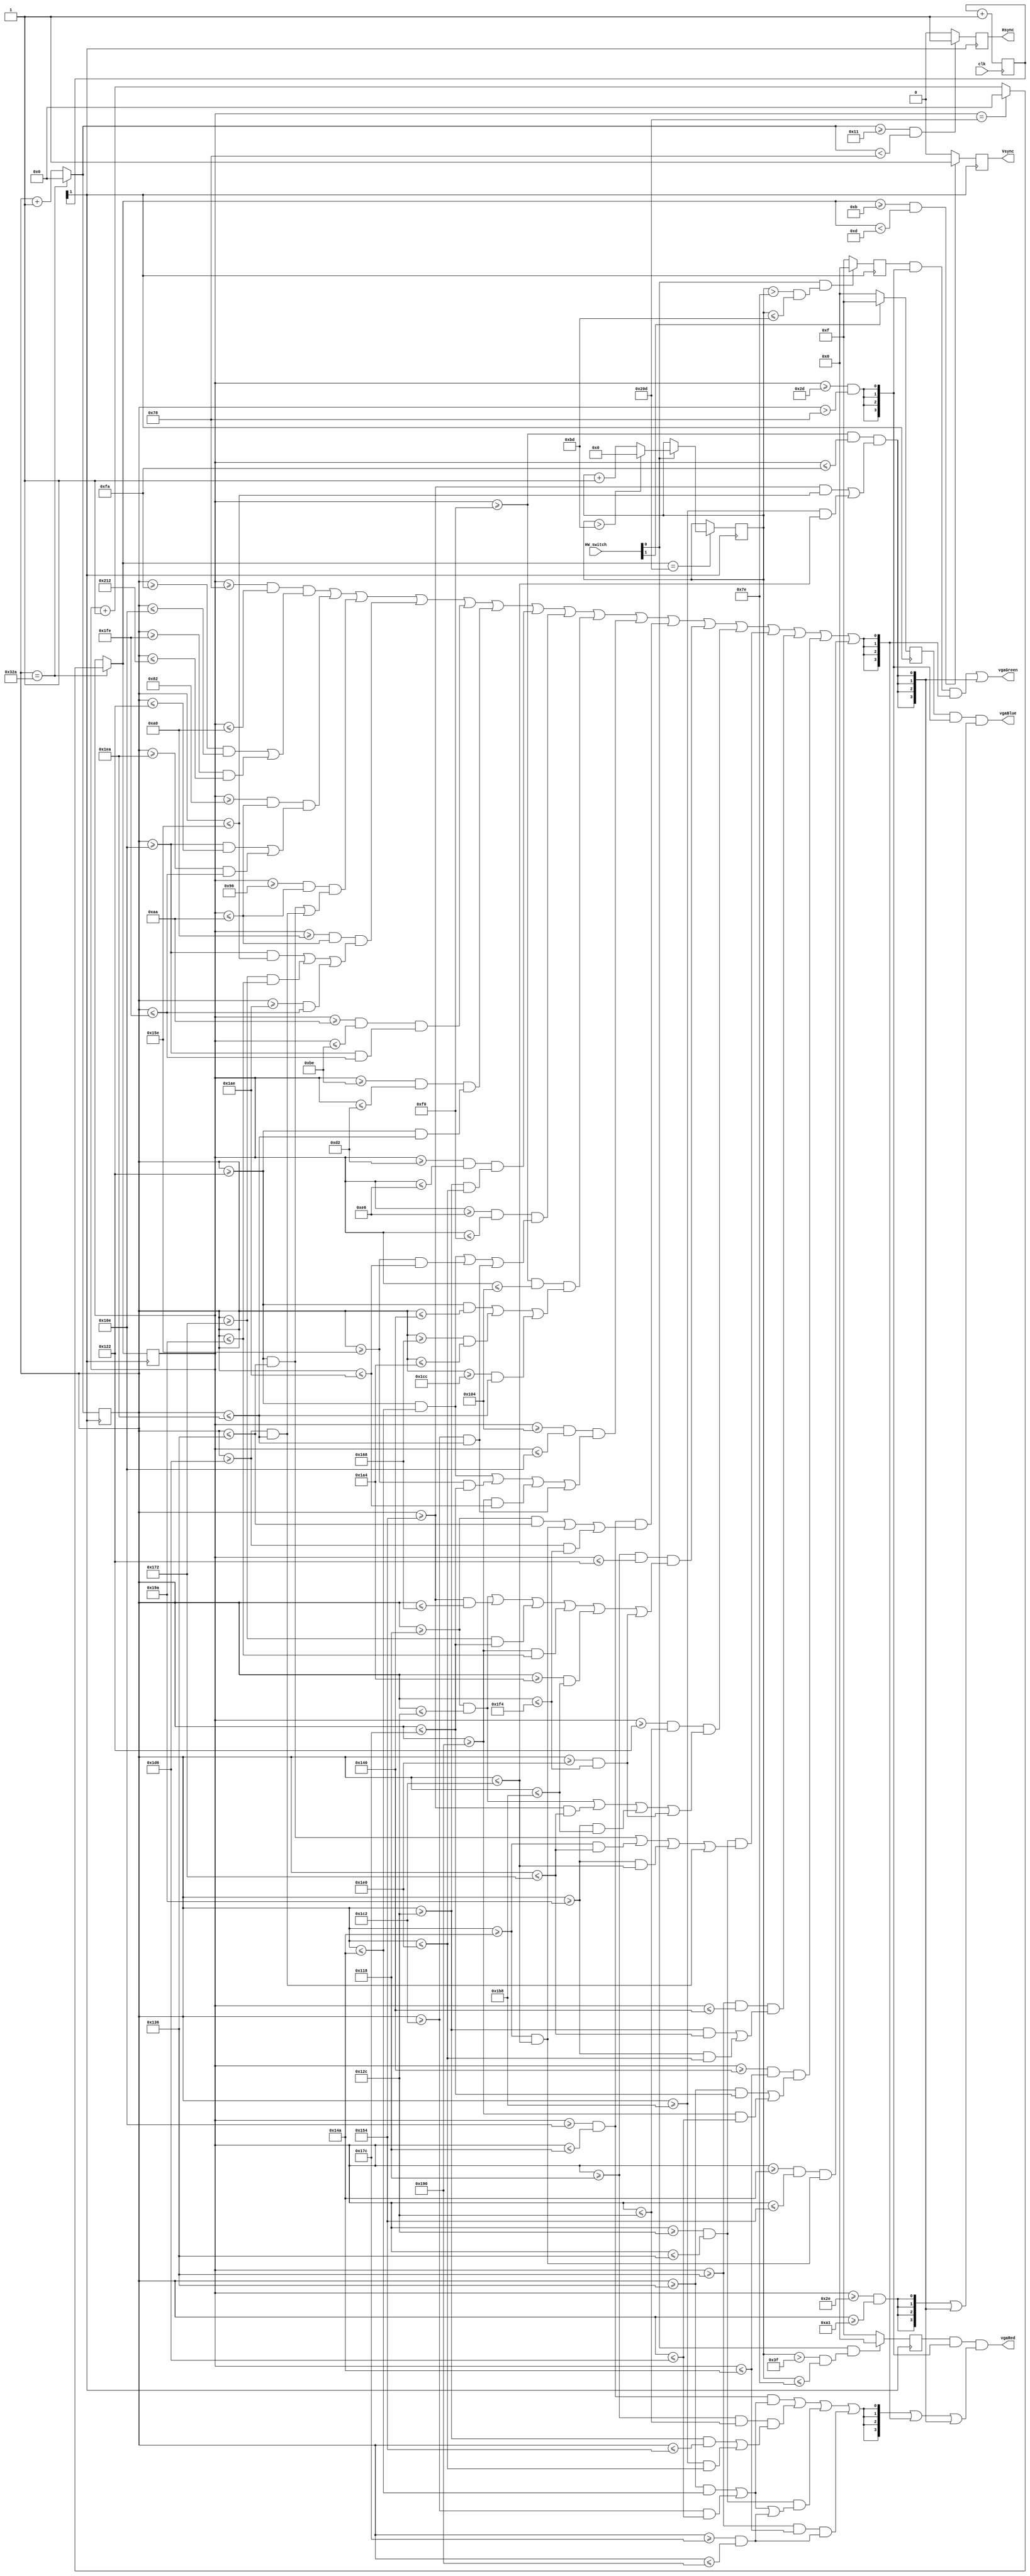
`timescale 1ns / 1ps
//////////////////////////////////////////////////////////////////////////////////
// Company: Hochschule Mittweida
// 
// Design Name: 
// Module Name: vga_pikachu
// Project Name: VGAAbgabe
// Target Devices: Basys3
// Tool Versions: 
// Description: Module displays Pikachu on Monitor using VGA Port of Basys3.
// 
// Dependencies: 
// 
// Revision:
// Revision 0.01 - File Created
// Additional Comments: Commented 'Areas' for color wires correspond to created areas for color process. (see extra picture)
// 
//////////////////////////////////////////////////////////////////////////////////
// https://www.kampis-elektroecke.de/fpga/vga-im-fpga-der-vga-controller/

//////////////////////////////////////////////////////////////////////////////////
//Displays Pikachu
//HW_switch[0] flicker mode 
//HW_switch[1] changes background color to blue
//////////////////////////////////////////////////////////////////////////////////

module vga(
    input clk,
    input [1:0]HW_switch, //to manage transition (turn off/on)
    output [3:0]vgaRed, //to display red color
    output [3:0]vgaGreen, //to display green color
    output [3:0]vgaBlue, //to display blue color
    output Vsync, //for vertical synchronisation (Frame Synchronisation)
    output Hsync //for horizontal synchronisation (Line Synchronisation)
    );
    
    ///////// Different Registers to process Synchronisation /////////
    reg VsyncPuls; //for Frame Synchronisation
    reg HsyncPuls; //for Line Synchronisation
    reg [31:0]tick;
    reg [10:0]pixelcounter; //max. needed: 800
    reg [10:0]zeilencounter; //max. needed: 525
    
    ///////// Display and produce different colors /////////
    reg [7:0]durchlauf; //for color transition, max. number: 255
    wire display_ok, red_ok, blue_ok, yellow_ok;
    
    //display_ok = visible area
    assign display_ok = (zeilencounter >= 45) && (pixelcounter > 120); //Pixel == Columns
    
    //yellow_ok has to be assigned to red and green (are the colors that are needed to generate yellow color)
    assign yellow_ok = ((zeilencounter >= 120) && (zeilencounter <= 160) 
            && (((pixelcounter >= 250) && (pixelcounter <= 270)) 
            || (pixelcounter >= 510) && (pixelcounter <= 530))) //Area 1
        || ((zeilencounter >= 130) && (zeilencounter <= 170) 
            && (((pixelcounter >= 270) && (pixelcounter <= 290)) 
            || (pixelcounter >= 490) && (pixelcounter <= 510))) //Area 2
        || ((zeilencounter >= 150) && (zeilencounter <= 170) 
            && (((pixelcounter >= 290) && (pixelcounter <= 310)) 
            || (pixelcounter >= 470) && (pixelcounter <= 490))) //Area 3
        || ((zeilencounter >= 160) && (zeilencounter <= 170) 
            && (((pixelcounter >= 270) && (pixelcounter <= 350)) 
            || ((pixelcounter >= 370) && (pixelcounter <= 410)) 
            || ((pixelcounter >= 430) && (pixelcounter <= 510)))) //Area 4
        || ((zeilencounter >= 170) && (zeilencounter <= 190) 
            && ((pixelcounter >= 270) && (pixelcounter <= 510))) //Area 5
        || ((zeilencounter >= 190) && (zeilencounter <= 210) 
            && ((pixelcounter >= 290) && (pixelcounter <= 490))) //Area 6
        || ((zeilencounter >= 210) && (zeilencounter <= 230) 
            && ((pixelcounter >= 300) && (pixelcounter <= 480))) //Area 12
        || ((zeilencounter >= 230) && (zeilencounter <= 240) 
            && (((pixelcounter >= 290) && (pixelcounter <= 330)) 
            || ((pixelcounter >= 350) && (pixelcounter <= 430)) 
            || ((pixelcounter >= 450) && (pixelcounter <= 490)))) //Area 13
        || ((zeilencounter >= 240) && (zeilencounter <= 260) 
            && (((pixelcounter >= 290) && (pixelcounter <= 320))
            || ((pixelcounter >= 360) && (pixelcounter <= 420))
            || ((pixelcounter >= 460) && (pixelcounter <= 490)))) //Area 14
        || ((zeilencounter >= 260) && (zeilencounter <= 270) 
            && (((pixelcounter >= 290) && (pixelcounter <= 330)) 
            || ((pixelcounter >= 350) && (pixelcounter <= 380)) 
            || ((pixelcounter >= 400) && (pixelcounter <= 430)) 
            || ((pixelcounter >= 450) && (pixelcounter <= 490)))) //Area 15
        || ((zeilencounter >= 270) && (zeilencounter <= 280) 
            && (((pixelcounter >= 280) && (pixelcounter <= 310)) 
            || ((pixelcounter >= 330) && (pixelcounter <= 450)) 
            || ((pixelcounter >= 470) && (pixelcounter <= 500)))) //Area 16
        || ((zeilencounter >= 280) && (zeilencounter <= 290) 
            && (((pixelcounter >= 280) && (pixelcounter <= 300)) 
            || ((pixelcounter >= 340) && (pixelcounter <= 360)) 
            || ((pixelcounter >= 370) && (pixelcounter <= 380)) 
            || ((pixelcounter >= 400) && (pixelcounter <= 410)) 
            || ((pixelcounter >= 420) && (pixelcounter <= 440)) 
            || ((pixelcounter >= 480) && (pixelcounter <= 500)))) //Area 17
        || ((zeilencounter >= 290) && (zeilencounter <= 300) 
            && (((pixelcounter >= 280) && (pixelcounter <= 300)) 
            || ((pixelcounter >= 340) && (pixelcounter <= 370)) 
            || ((pixelcounter >= 410) && (pixelcounter <= 440)) 
            || ((pixelcounter >= 480) && (pixelcounter <= 500)))) //Area 18
        || ((zeilencounter >= 300) && (zeilencounter <= 310) 
            && (((pixelcounter >= 290) && (pixelcounter <= 310)) 
            || ((pixelcounter >= 330) && (pixelcounter <= 370)) 
            || ((pixelcounter >= 410) && (pixelcounter <= 450)) 
            || ((pixelcounter >= 470) && (pixelcounter <= 490)))) //Area 19
        || ((zeilencounter >= 310) && (zeilencounter <= 320) 
            && (((pixelcounter >= 300) && (pixelcounter <= 370)) 
            || ((pixelcounter >= 410) && (pixelcounter <= 480)))) //Area 20
        || ((zeilencounter >= 320) && (zeilencounter <= 330) 
            && (((pixelcounter >= 310) && (pixelcounter <= 380)) 
            || ((pixelcounter >= 400) && (pixelcounter <= 470)))) //Area 21
        || ((zeilencounter >= 330) && (zeilencounter <= 340) 
            && (((pixelcounter >= 330) && (pixelcounter <= 450)))); //Area 22
    
    //white_ok has to be assigned to red, green and blue (are the colors that are needed to generate white color)
    //white for Pikachu's eyes
    assign white_ok = ((zeilencounter >= 240) && (zeilencounter <= 250) 
            && (((pixelcounter >= 340) && (pixelcounter <= 350))
            || ((pixelcounter >= 440) && (pixelcounter <= 450))));
    
    //red for Pikachu's cheeks
    assign red_ok = ((zeilencounter >= 270) && (zeilencounter <= 280) 
            && (((pixelcounter >= 310) && (pixelcounter <= 330)) 
            || ((pixelcounter >= 450) && (pixelcounter <= 470)))) //Red Area of Area 16
        || ((zeilencounter >= 280) && (zeilencounter <= 300) 
            && (((pixelcounter >= 300) && (pixelcounter <= 340)) 
            || ((pixelcounter >= 440) && (pixelcounter <= 480)))) //Red Area of Area 17 and Area 18
        || ((zeilencounter >= 300) && (zeilencounter <= 310) 
            && (((pixelcounter >= 310) && (pixelcounter <= 330)) 
            || ((pixelcounter >= 450) && (pixelcounter <= 470)) //Red Area of Area 19
            || ((pixelcounter >= 380) && (pixelcounter <= 400)))) //Mouth Area 19
        || ((zeilencounter >= 310) && (zeilencounter <= 330)  
            && ((pixelcounter >= 380) && (pixelcounter <= 400))); //Mouth Area 20
        
    //background color if HW_switch[1] is turned on
    assign blue_ok = (zeilencounter >= 46) && (pixelcounter >= 161);
    
    reg [3:0]red;
    reg [3:0]green;
    reg [3:0]blue;
    
    assign vgaRed = red & {4{display_ok}} & ({4{red_ok}} | {4{yellow_ok}} | {4{white_ok}}); //show red color if display is ok and if red or yellow, white color is wanted
    assign vgaGreen = green & {4{display_ok}} & {4{yellow_ok}} | {4{white_ok}}; //show green color if display is ok and if yellow, white color is wanted
    assign vgaBlue = blue & {4{display_ok}} & ({4{blue_ok}} | {4{white_ok}}); ////show blue color if display is ok and if blue or yellow, white color is wanted
    
    ///////// Initialization /////////
    initial
    begin
        VsyncPuls = 0;
        HsyncPuls = 0;
    end
    
    ///////// Generation of Picture /////////
    always@(posedge clk)
    begin
        tick = tick + 1;
    end
    
    always@(posedge tick[1])
    begin
        
        red = (HW_switch[0] && ((durchlauf > 63) && (durchlauf <= 126))) ? 4'b0000 : 4'b1111; //only turn off red color to change appearance of Pikachu if color transition is turned on
        green = (HW_switch[0] && ((durchlauf > 126) && (durchlauf <= 189))) ? 4'b0000 : 4'b1111; //only turn off green color to change appearance of Pikachu if color transition is turned on
        blue = (HW_switch[1]) ? 4'b1111 : 4'b0000;
            
        //runs with 25 MHz = 1 beat per pixel
        //1 beat = 1 pixel
        
        //increment zeilencounter if unequal 525
        if(pixelcounter == 810)
        begin
            zeilencounter = (zeilencounter == 525) ? 0 : zeilencounter + 1;
        end
        
        //increment pixelcounter if unequal 810
        pixelcounter = (pixelcounter == 810) ? 0 : pixelcounter + 1;
        
        //HSync Impuls (Line Synchronisation) (includes Back Porch)
        HsyncPuls <= ((pixelcounter >= 17) && (pixelcounter < 120)) ? 1 : 0; //Sync (with ternary operator, is shorthand for if statement)
        //Vsync Impuls (Frame Synchronisation) (includes Back Porch)
        VsyncPuls <= ((zeilencounter >= 11) && (zeilencounter < 13)) ? 1 : 0; //Sync (with ternary operator, is shorthand for if statement)
        
        //Increment durchlauf if zeilencounter == 525
        if(zeilencounter == 525) if(HW_switch[0]) durchlauf = (durchlauf > 189) ? 0 : durchlauf + 1; //transistion starts where it ended
    end
    
    ///////// Connect registers for synchronisation impuls/////////
    assign Hsync = HsyncPuls;
    assign Vsync = VsyncPuls;
    
endmodule